Kolga_vallavalitsus, lk 37
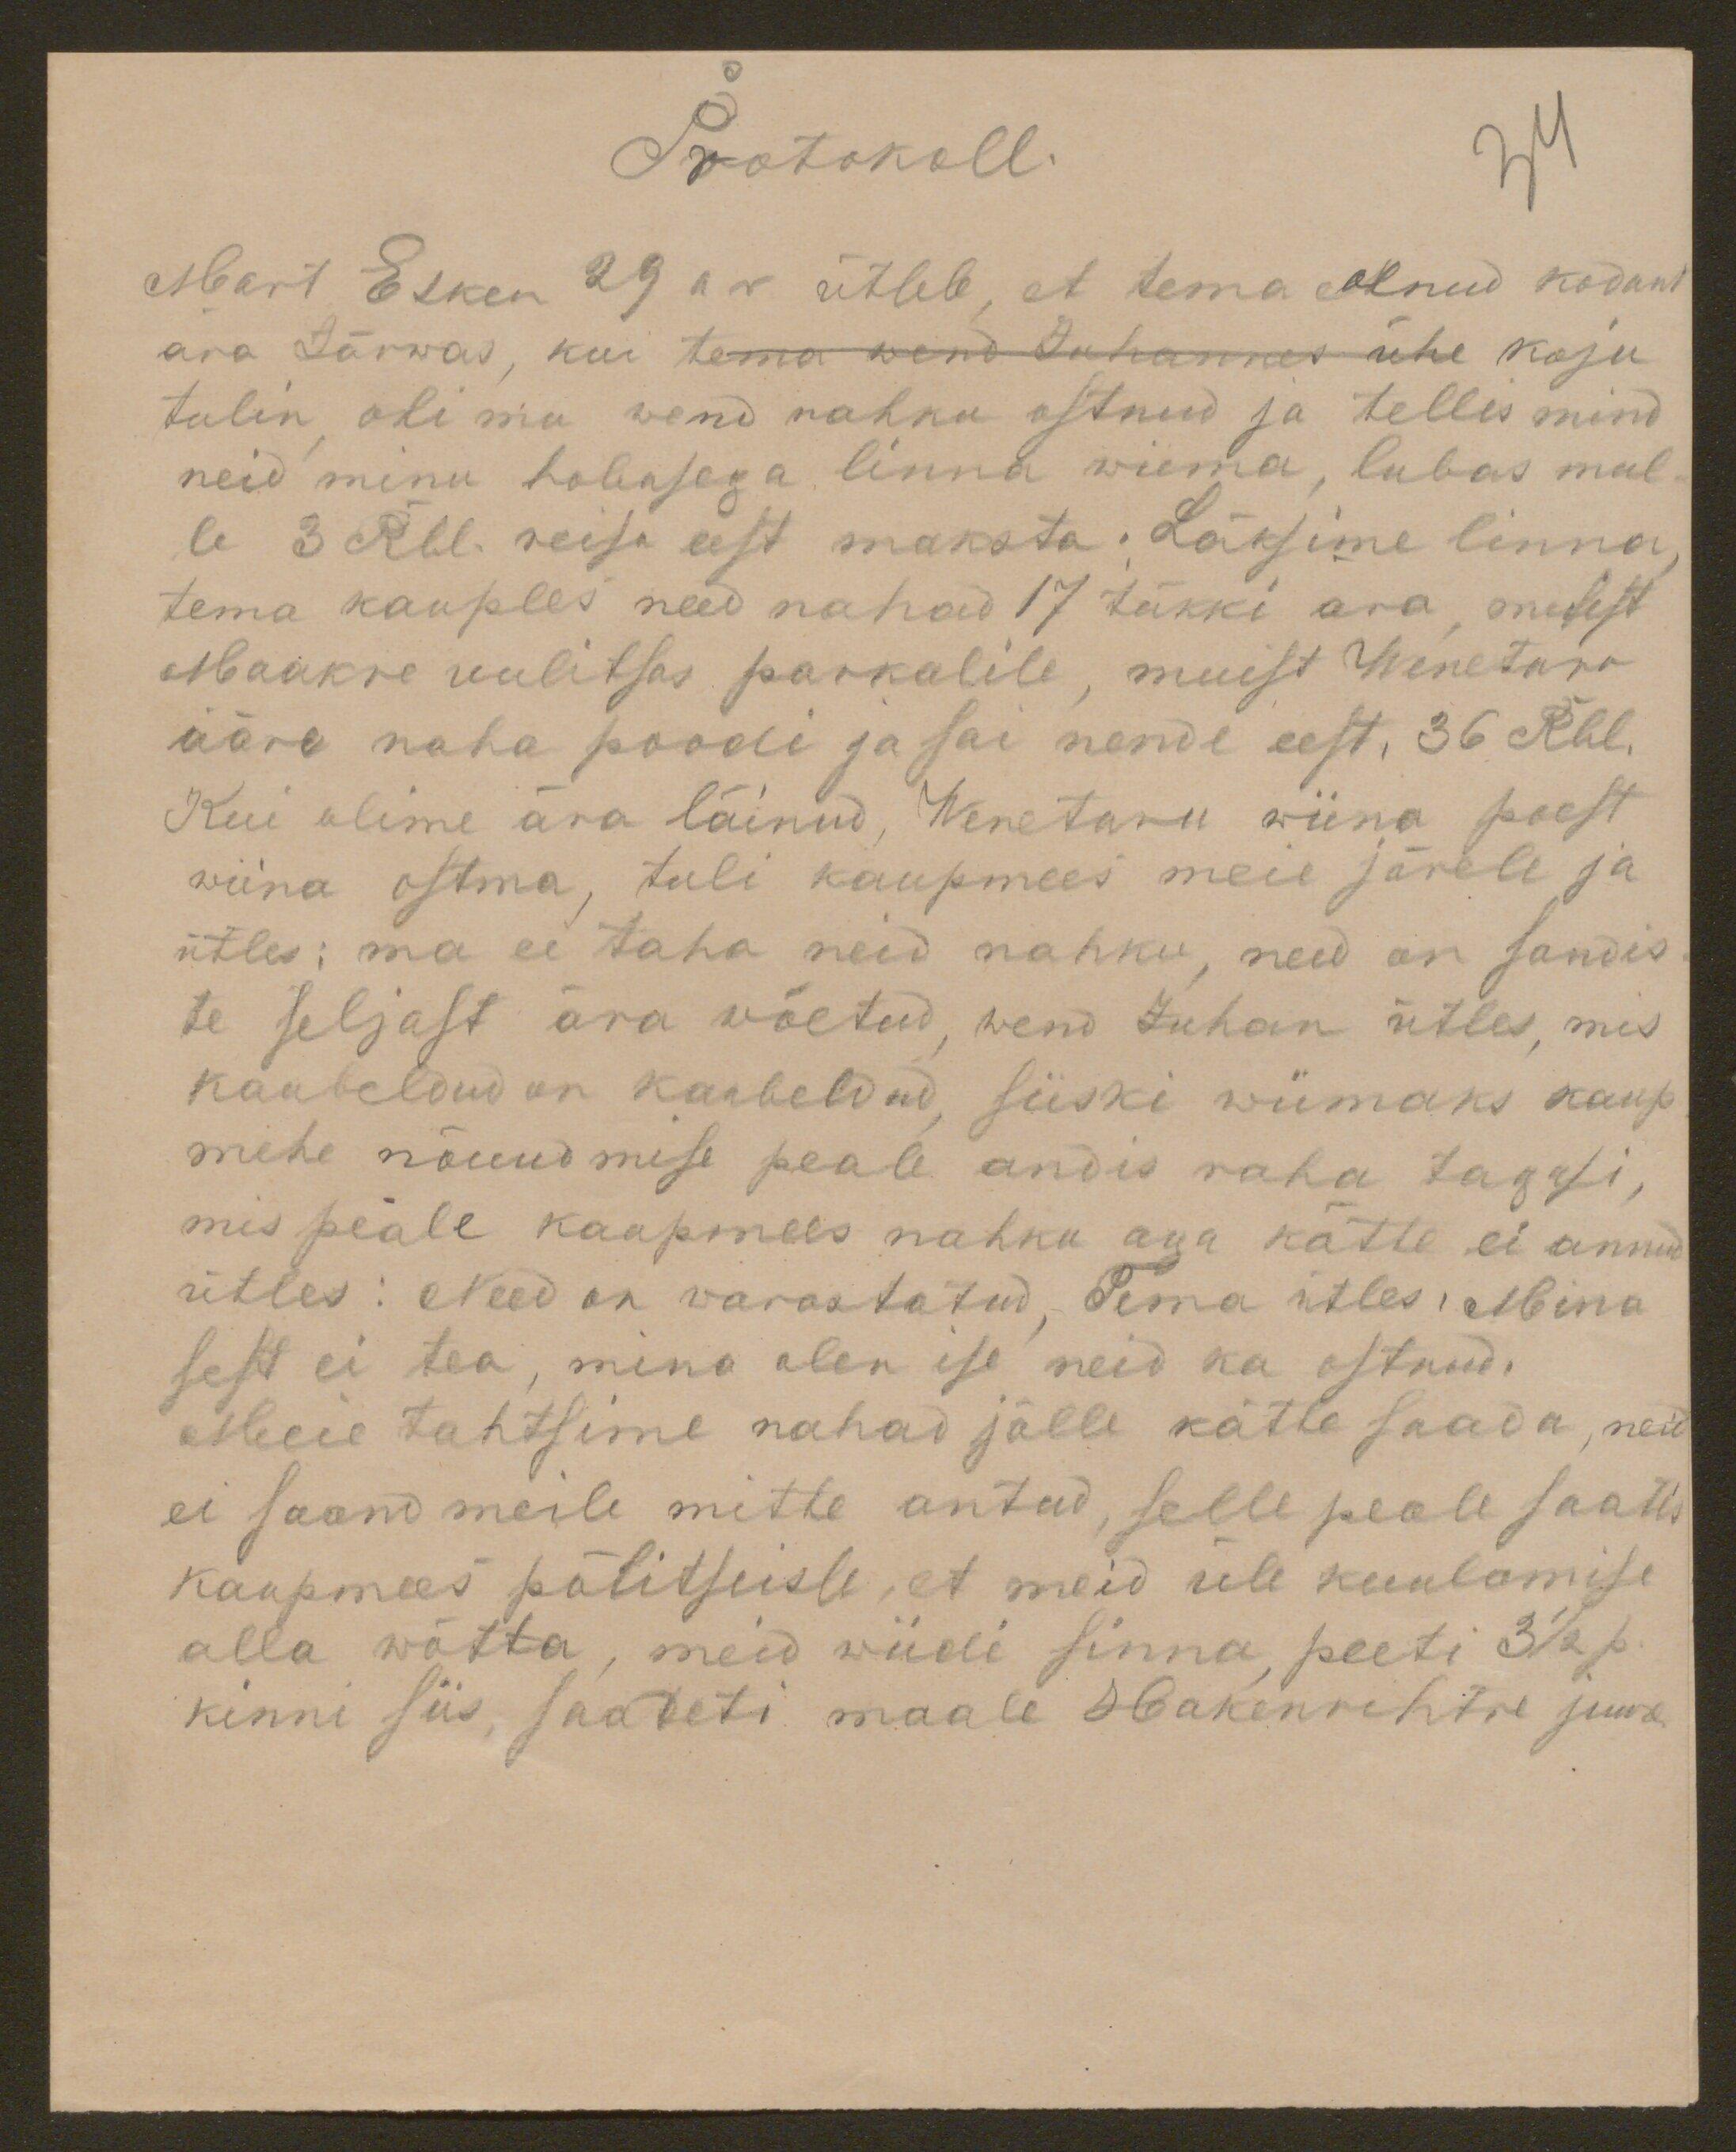
Protokoll.

34

Mart Elken 29 av ütleb, et tema olnud kodan
ära tõrwad, kui tema wend Juhannes ühe koju
tulin oli mu wend nahku ostnud ja tellis mind
neid minu hobusega linna wiima, lubas mul-
le 3 Rbl. reisi eest maksta. Läksime linna
tema kauples need nahad 17 tükki ära, mulest
Maakre uulitsas parkalile, muist Weneturu
ääre naha poodi ja sai nende eest, 36 Rbl.
Kui olime ära läinud, Weneturu wiina poest
wiina ostma, tuli kaupmees meie järele ja
ütles: ma ei taha neid nahku, need on sandis-
te seljast ära wõetud, wend Juhan ütles, mis
kaubeldud on kaubeldud, siiski wiimaks kaup
mehe nõuudmise peale andis raha tagasi,
mis peale kaupmees nahku aga kätte ei annud
ütles: Need on varastatud, Tema ütles, Mina
sest ei tea, mina olen ise neid ka ostnud.
Meie tahtsime nahad jälle kätte saada, neid
ei saand meile mitte antud, selle peale saatis
kaupmees politseisse, et meid üle kuulamise
alla wõtta, meid wiidi sinna peeti 3 1/2 p.
kinni siis, saadeti maale Hakenrichtre juure